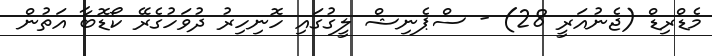
މެޑްރިޑް (ޖެނުއަރީ 28) - ސްޕެނިޝް ލީގުގައި ހޮނިހިރު ދުވަހުގެރޭ ކޯޑޮބާ އަތުން